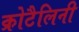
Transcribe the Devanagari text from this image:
क्रोटैलिनी